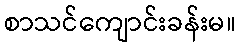
စာသင်ကျောင်းခန်းမ။